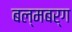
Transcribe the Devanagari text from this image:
बल्मबर्ग